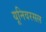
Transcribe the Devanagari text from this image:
यूनिवरसल